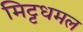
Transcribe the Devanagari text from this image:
मिट्टधमल